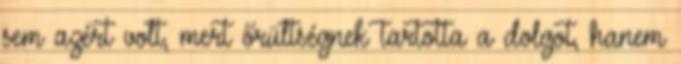
sem azért volt, mert őrültségnek tartotta a dolgot, hanem